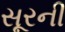
સૂરની